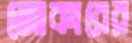
জোকারের